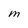
Character: M